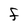
Character: f